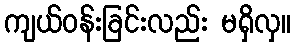
ကျယ်ဝန်းခြင်းလည်း မရှိလှ။